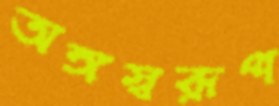
অঙ্গস্বরূপ